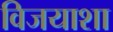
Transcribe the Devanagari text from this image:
विजयाशा